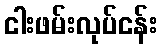
ငါးဖမ်းလုပ်ငန်း